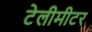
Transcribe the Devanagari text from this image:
टेलीमीटर